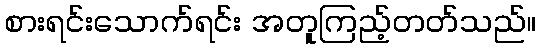
စားရင်းသောက်ရင်း အတူကြည့်တတ်သည်။